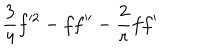
LaTeX: { \frac { 3 } { 4 } } f ^ { 2 } - f f ^ { \prime \prime } - { \frac { 2 } { r } } f f ^ { \prime }